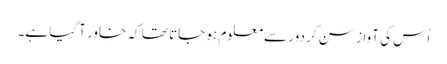
اُس کی آواز سن کر دور سے معلوم ہو جاتا تھا کہ خاور آگیا ہے۔